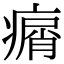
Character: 𤸮